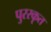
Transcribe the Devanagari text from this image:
पुररकृत